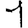
Digit: 1